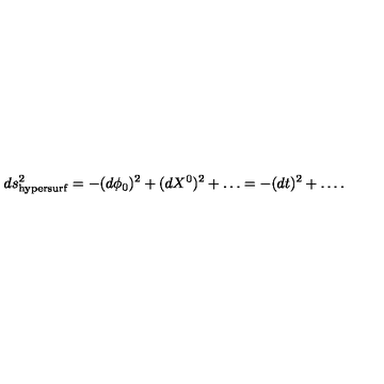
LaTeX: d s _ { \mathrm { h y p e r s u r f } } ^ { 2 } = - ( d \phi _ { 0 } ) ^ { 2 } + ( d X ^ { 0 } ) ^ { 2 } + \dots = - ( d t ) ^ { 2 } + \dots .